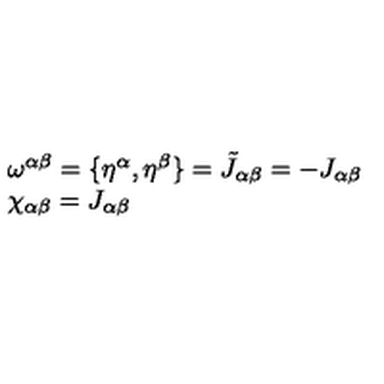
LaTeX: \begin{array} { l } { \omega ^ { \alpha \beta } = \{ \eta ^ { \alpha } , \eta ^ { \beta } \} = \tilde { J } _ { \alpha \beta } = - J _ { \alpha \beta } } \\ { \chi _ { \alpha \beta } = J _ { \alpha \beta } } \\ \end{array}